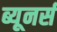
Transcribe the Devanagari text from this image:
ब्यूनर्स